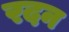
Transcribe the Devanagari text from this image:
रदन